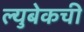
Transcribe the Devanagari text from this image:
ल्युबेकची